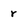
Character: r